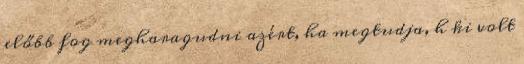
előbb fog megharagudni azért, ha megtudja, h ki volt